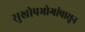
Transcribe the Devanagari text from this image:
सुखोपभोगांपासून